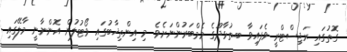
ގޮތުގައި ރަޖިސްޓްރީ ވެފައިވާ ބ.ތުޅާދޫގެ މެމްބަރުންނަށެވެ. މި އިންތިޚާބުގައި ވޯޓުލުން އޮންނާނީ މާލޭގައި